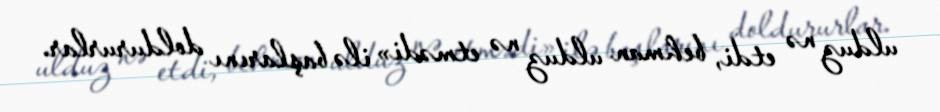
ulduz nə etdi, behman ulduz nə etmədi» ilə başlarını doldururlar.